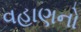
વહાણનો